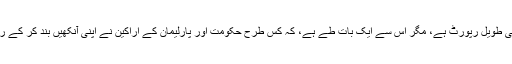
گو کہ یہ خاصی طویل رپورٹ ہے، مگر اس سے ایک بات طے ہے، کہ کس طرح حکومت اور پارلیمان کے اراکین نے اپنی آنکھیں بند کر کے رکھی ہوئی ہیں۔